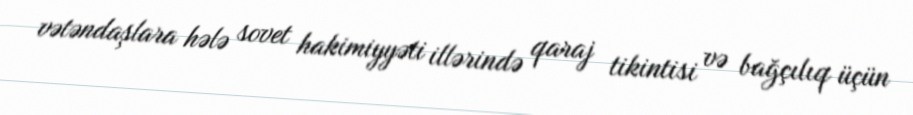
vətəndaşlara hələ sovet hakimiyyəti illərində qaraj tikintisi və bağçılıq üçün